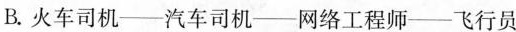
B.火车司机——汽车司机——网络工程师——飞行员